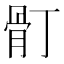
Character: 𩨑